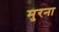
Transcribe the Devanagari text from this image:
मुरना